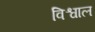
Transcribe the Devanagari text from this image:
विश्वाल